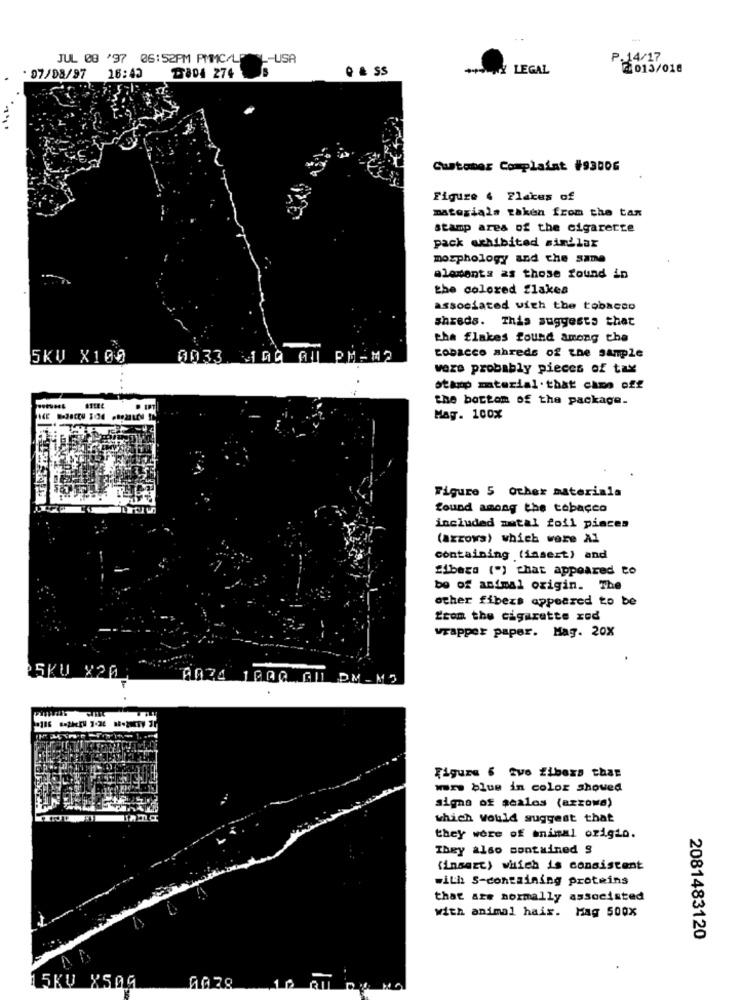
JUL 08 '97 06:52PM PMMC/L
L-USA
P.14/17
· & SS
WY LEGAL
2013/018
. 07/08/97 16:43
TaDA 274
Customer Complaint #93006
Figure 4 Places of
materials taken from the tax
Stamp area of the cigarette
pack exhibited similar
morphology and the same
elements as those found in
the colored flakes
associated with the tobacco
shreds. This suggests that
the flakes found among the
5KV X100
0033 300 ALL PM-M2
tobacco Ahrede of the sample
vaze probably pieces of tax
Stamp material.that came off
the bottom of the package.
May. 100%
Figure 5 other materials
found among the tobacco
included autal foil pinces
(azzows) which were Al
containing (insert) and
Sibara (") that appeared to
be of animal origin. The
other fibers appeared to be
Ecom the cigarette zod
wrapper paper. Mag. 20X
PSKU X20
0034 1000 GU DM- M5
Figure 6 zve Zibexa than
mrw blue in color showed
signs of scales (azzowa)
which would suggest that
they were of animal origin.
They also contained 9
(insert) which is consistent
with S-containing proteins
that are normally associated
with animal hair. Mag 500%
2081483120
15KV X509
0078
1 2
au